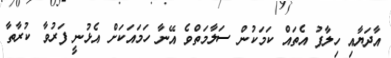
އާދަޔާއި ހިލާފު އެތައް ކަމަކުން ސަލާމަތްވެ އޭނާ ހަމައަކަށް އެޅުނީ ފަރުވާ ކުރާތާ